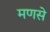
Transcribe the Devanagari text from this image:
मणसे